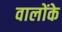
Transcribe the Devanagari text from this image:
वालोंके